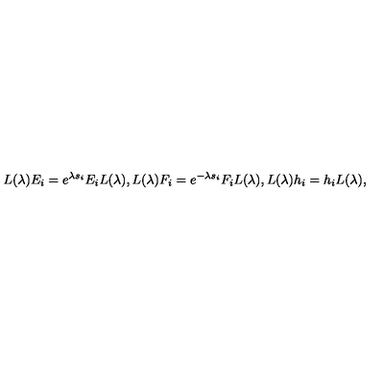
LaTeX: L ( \lambda ) E _ { i } = e ^ { \lambda s _ { i } } E _ { i } L ( \lambda ) , L ( \lambda ) F _ { i } = e ^ { - \lambda s _ { i } } F _ { i } L ( \lambda ) , L ( \lambda ) h _ { i } = h _ { i } L ( \lambda ) ,